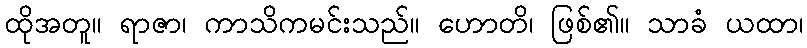
ထိုအတူ။ ရာဇာ၊ ကာသိကမင်းသည်။ ဟောတိ၊ ဖြစ်၏။ သာခံ ယထာ၊